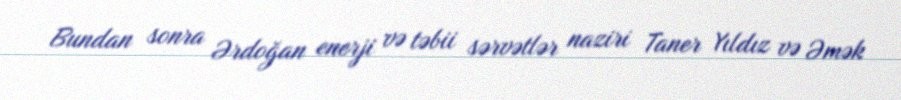
Bundan sonra Ərdoğan enerji və təbii sərvətlər naziri Taner Yıldız və Əmək